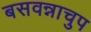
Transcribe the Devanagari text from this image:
बसवन्नाचुप